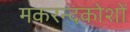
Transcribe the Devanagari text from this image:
मकरन्दकोशों